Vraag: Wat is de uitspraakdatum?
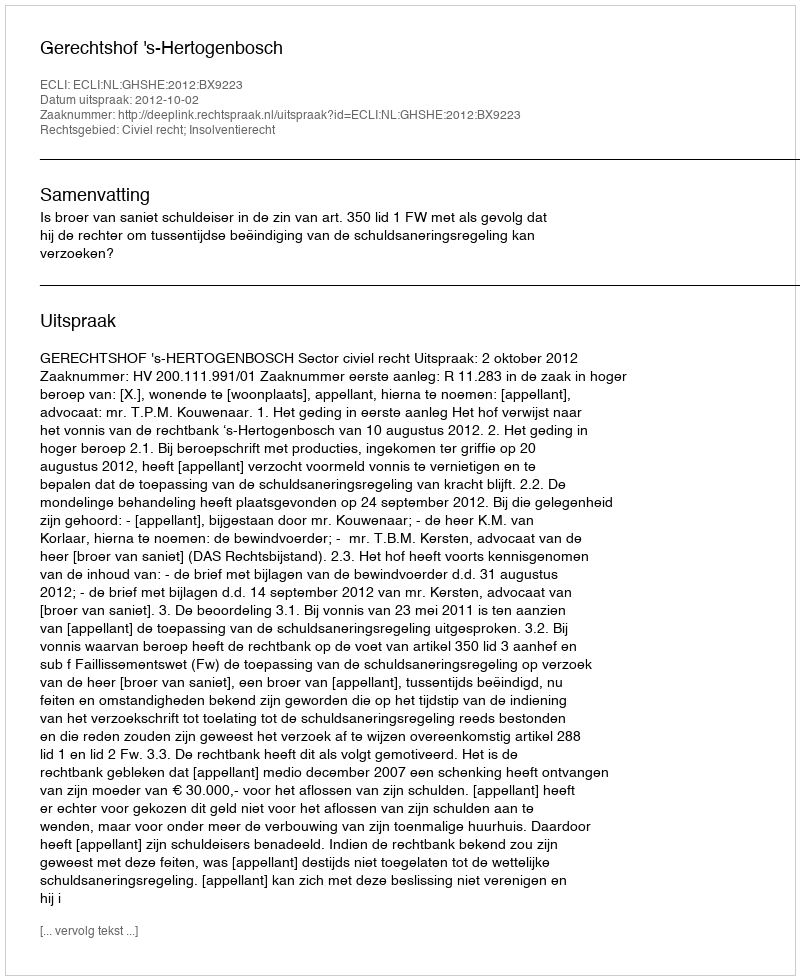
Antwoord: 2012-10-02